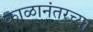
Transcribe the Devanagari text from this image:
काळानंतरच्या